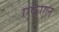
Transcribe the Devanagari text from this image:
एफएल